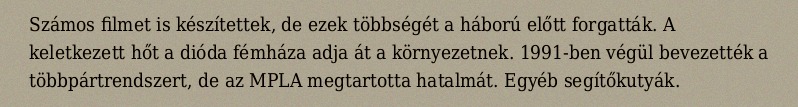
Számos filmet is készítettek, de ezek többségét a háború előtt forgatták. A keletkezett hőt a dióda fémháza adja át a környezetnek. 1991-ben végül bevezették a többpártrendszert, de az MPLA megtartotta hatalmát. Egyéb segítőkutyák.